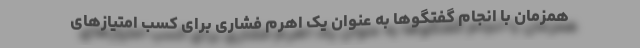
همزمان با انجام گفتگو‌ها به عنوان یک اهرم فشاری برای کسب امتیازهای